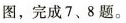
图，完成7、8题。